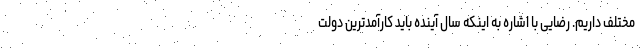
مختلف داریم. رضایی با اشاره به اینکه سال آینده باید کارآمدترین دولت